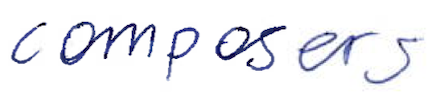
Text: composers
Cross-out: clean
Writing tool: ballpoint